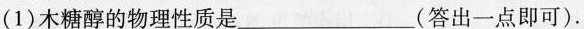
(1)木糖醇的物理性质是___(答出一点即可)。